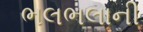
ભલભલાની